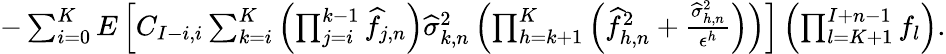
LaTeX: \begin{array}{r}{-\sum_{i=0}^{K}E\left[C_{I-i,i}\sum_{k=i}^{K}\left(\prod_{j=i}^{k-1}\widehat{f}_{j,n}\right)\widehat\sigma_{k,n}^{2}\left(\prod_{h=k+1}^{K}\left(\widehat{f}_{h,n}^{2}+\frac{\widehat\sigma_{h,n}^{2}}{\epsilon^{h}}\right)\right)\right]\left(\prod_{l=K+1}^{I+n-1}f_{l}\right).}\end{array}